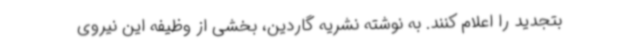
بتجدید را اعلام کنند. به نوشته نشریه گاردین، بخشی از وظیفه این نیروی